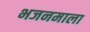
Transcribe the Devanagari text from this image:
भजनमाला